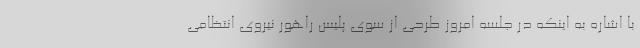
با اشاره به اینکه در جلسه امروز طرحی از سوی پلیس راهور نیروی انتظامی